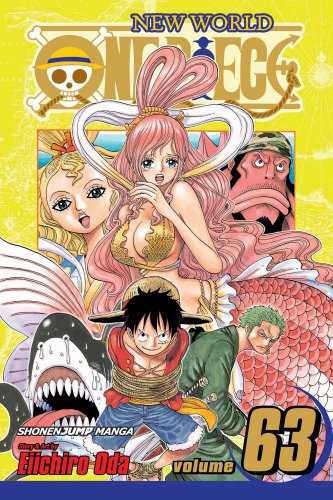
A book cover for One Piece, Vol. 63; Eiichiro Oda; Comics & Graphic Novels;